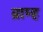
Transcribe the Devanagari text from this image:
ब्राम्ह